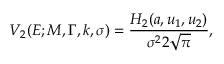
V _ { 2 } ( E ; M , \Gamma , k , \sigma ) = { \frac { H _ { 2 } ( a , u _ { 1 } , u _ { 2 } ) } { \sigma ^ { 2 } 2 { \sqrt { \pi } } } } ,